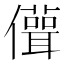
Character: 𠐪